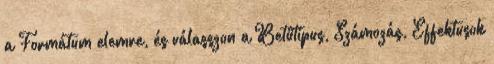
a Formátum elemre, és válasszon a Betűtípus, Számozás, Effektusok